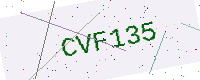
Text: CVF135